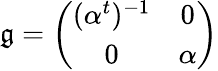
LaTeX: \mathfrak{g}=\left(\begin{array}{cc}{{(\alpha^{t})^{-1}}}&{{0}}\\ {{0}}&{{\alpha}}\end{array}\right)